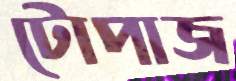
টোপাজ